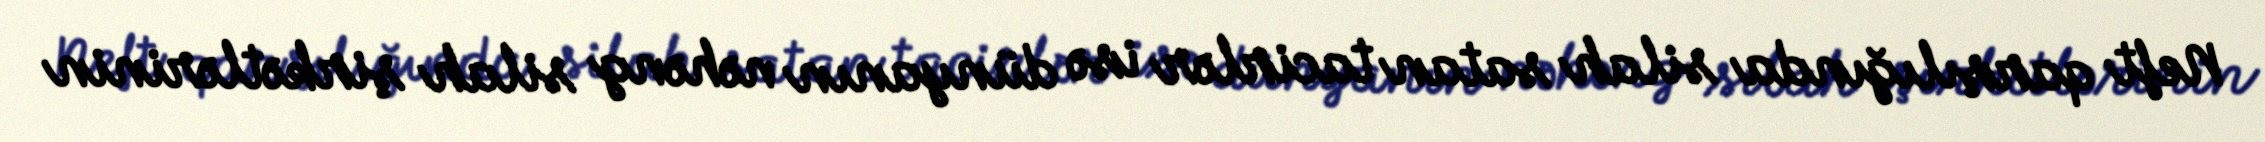
Neft qarşılığında silah satan tacirlər isə dünyanın nəhəng silah şirkətlərinin